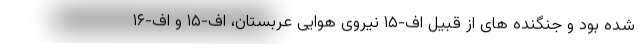
شده بود و جنگنده های از قبیل اف-۱۵ نیروی هوایی عربستان، اف-۱۵ و اف-۱۶